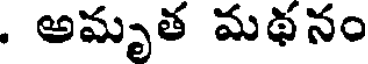
. అమృత మథనం